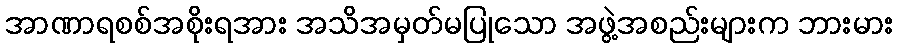
အာဏာရစစ်အစိုးရအား အသိအမှတ်မပြုသော အဖွဲ့အစည်းများက ဘားမား